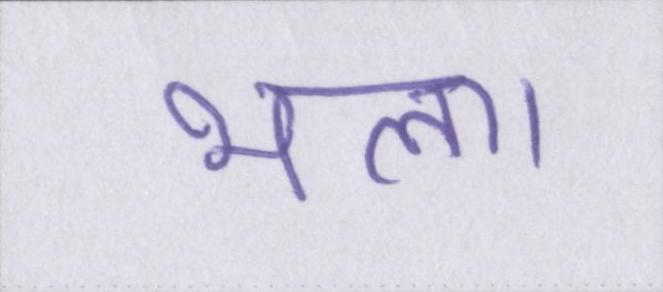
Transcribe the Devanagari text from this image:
भला।